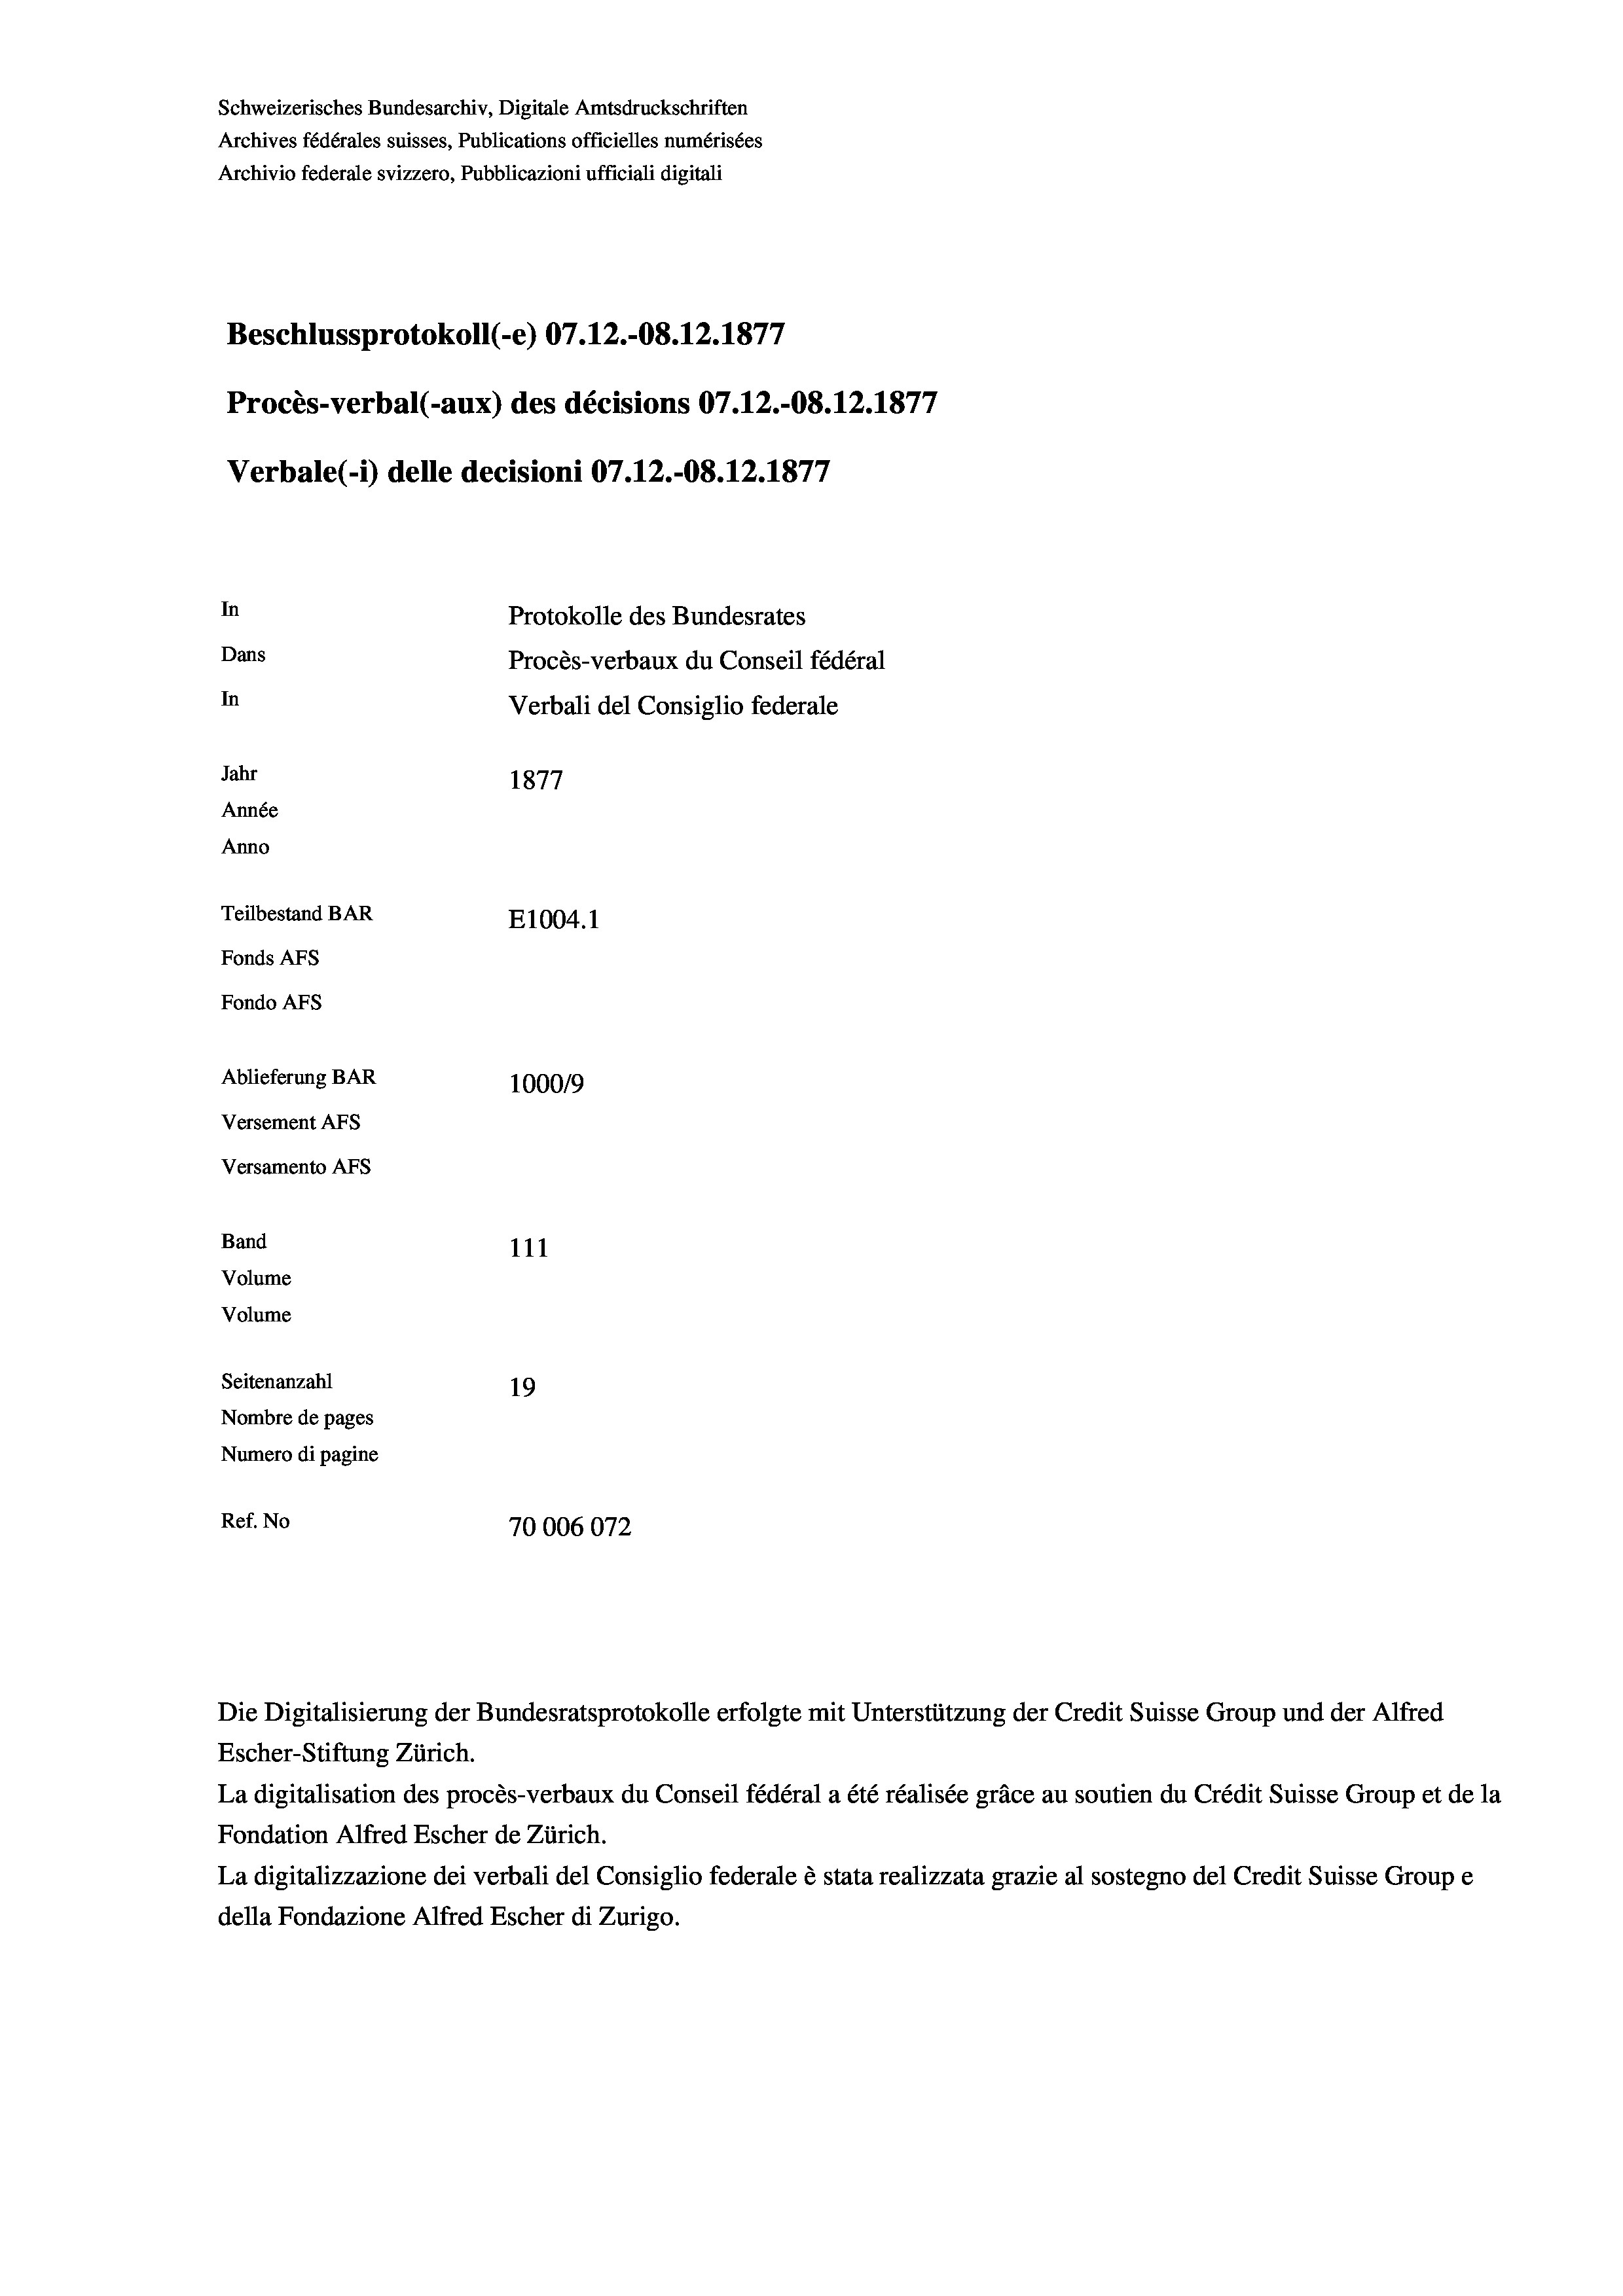
Schweizerisches Bundesarchiv, Digitale Amtsdruckschriften
Archives fédérales suisses, Publications officielles numérisées
Archivio federale svizzero, Pubblicazioni ufficiali digitali
Beschlussprotokoll (-e) 07.12.-O8.12.1877
Procès-verbal (-aux) des décisions 07.12.-O8.12.1877
Verbale (- 1) delle decisioni 07.12.-08. 12. 1877
In
Protokolle des Bundesrates
Dans
Procès-verbaux du Conseil fédéral
In
Verbali del Consiglio federale
Jahr
1877
Année
Anno
Teilbestand BAR
E1004.1
Fonds AFs
Fondo AFS
Ablieferung BAR
100019
Versement AFs
Versamento Afs
Band
111
Volume
Volume
Seitenanzahl
19
Nombre de pages
Numero di pagine
Ref. No
70006072

Escher-Stiftung Zürich.
La digitalisation des procès-verbaux du Conseil fédéral a été réalisée gräce au soutien du Crédit Suisse Group et de la
Fondation Alfred Escher de Zürich.
La digitalizzazione dei verbali del Consiglio federale è stata realizzata grazie al sostegno del Credit Suisse Groupe
della Fondazione Alfred Escher di Zurigo.

Die Digitalisierung der Bundesratsprotokolle erfolgte mit Unterstützung der Credit Suisse Group und der Alfred